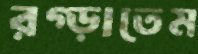
রগ্‌ড়াতেম